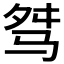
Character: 𩧶